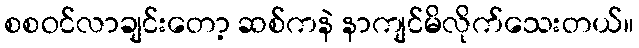
စစဝင်လာချင်းတော့ ဆစ်ကနဲ နာကျင်မိလိုက်သေးတယ်။